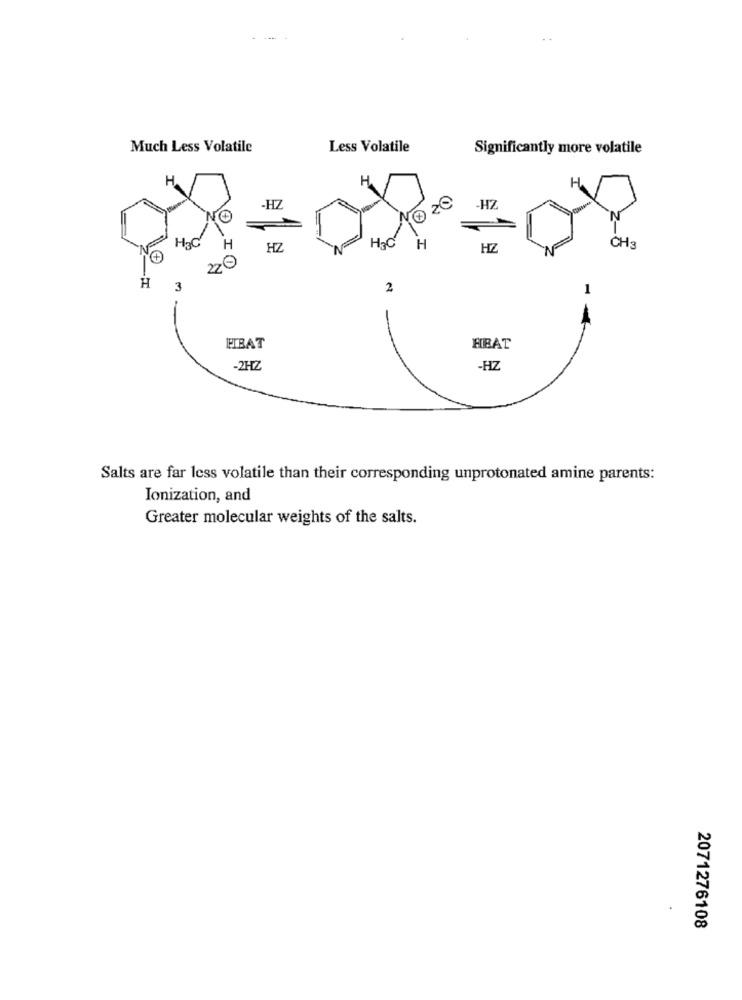
Much Less Volatile
Less Volatile
Significantly more volatile
H.
0 20
H
CH3
H3C
H
HZ
HZ
220
H
3
2
1
-
IFTBAT
HBAT
-2HZ
-HZ
Salts are far less volatile than their corresponding unprotonated amine parents:
Ionization, and
Greater molecular weights of the salts.
2071276108